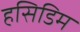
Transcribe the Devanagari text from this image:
हसिडिम